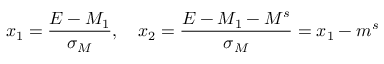
x _ { 1 } = \frac { E - M _ { 1 } } { \sigma _ { M } } , ~ ~ ~ x _ { 2 } = \frac { E - M _ { 1 } - M ^ { s } } { \sigma _ { M } } = x _ { 1 } - m ^ { s }